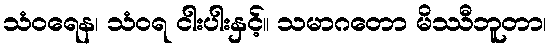
သံဝရေန၊ သံဝရ ငါးပါးနှင့်။ သမာဂတော မိဿီဘူတာ၊